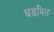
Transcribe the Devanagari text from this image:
घडवित